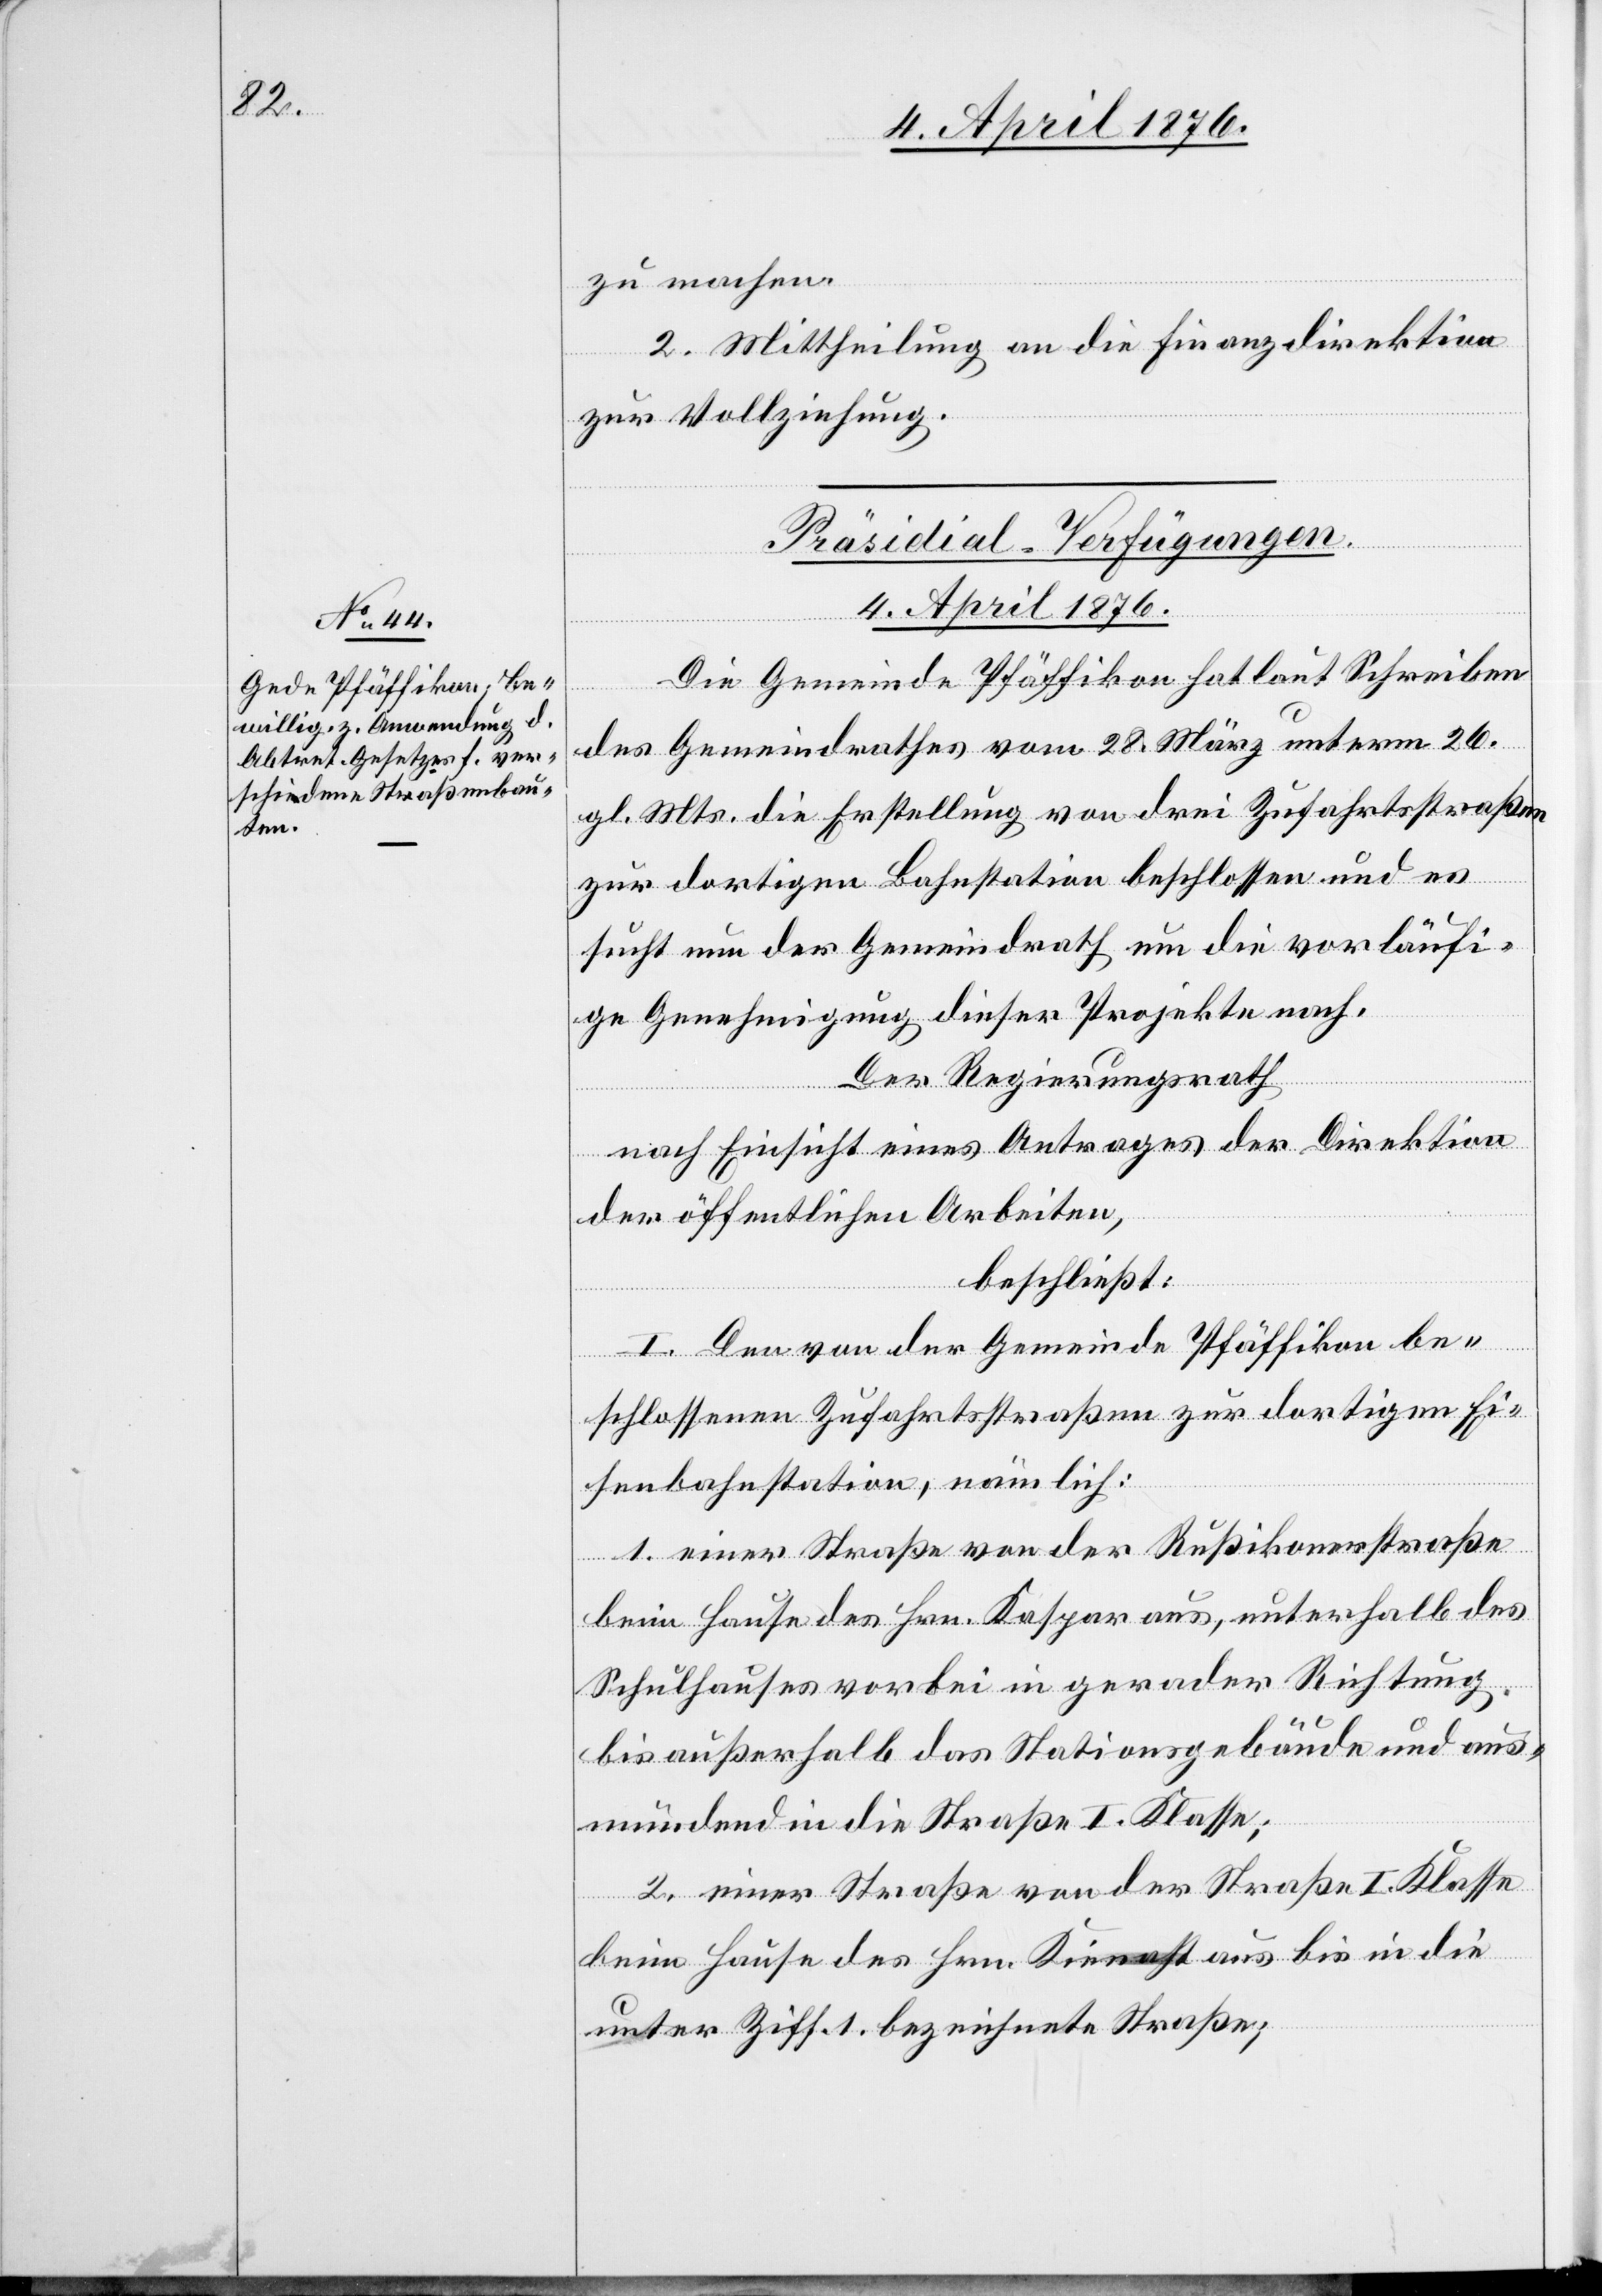
zu machen.
2. Mittheilung an die Finanzdirektion
zur Vollziehung.
Präsidial-Verfügungen.
4. April 1876.
Die Gemeinde Pfäffikon hat laut Schreiben
der Gemeindrathes vom 28. März unterm 26.
gl. Mts. die Erstellung von drei Zufahrtsstraßen
zur dortigen Bahnstation beschlossen und es
sucht nun der Gemeindrath um die vorläufi¬
ge Genehmigung dieser Projekte nach.
Der Regierungsrath
nach Einsicht eines Antrages der Direktion
der öffentlichen Arbeiten,
beschließt:
I. Den von der Gemeinde Pfäffikon be¬
schlossenen Zufahrtsstraßen zur dortigen Ei¬
senbahnstation, nämlich:
1. einer Straße von der Rußikonerstraße
beim Hause des Hrn. Kaspar aus, unterhalb des
Schulhausees vorbei in gerader Richtung
bis außerhalb das [sic!] Nationsgebäude und aus¬
mündend in die Straße I. Klasse;
2. einer Straße von der Straße I. Klasse
beim Hause des Hrn. Kienast aus bis in die
unter Ziff. 1 bezeichnete Straße;